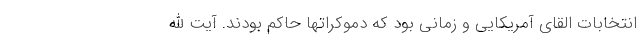
انتخابات القای آمریکایی و زمانی بود که دموکراتها حاکم بودند. آیت الله